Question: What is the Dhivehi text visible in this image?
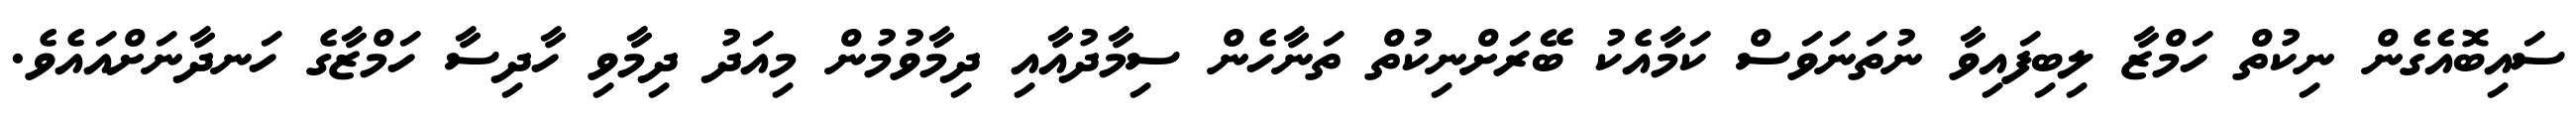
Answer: ސައިބޮއެގެން ނިކުތް ހަމްޒާ ލިބިފައިވާ ނުތަނަވަސް ކަމާއެކު ބޭރަށްނިކުތް ތަނާހެން ސިމާދުއާއި ދިމާވުމުން މިއަދު ދިމާވި ހާދިސާ ހަމްޒާގެ ހަނދާނަށްއައެވެ.